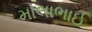
માલાભાઈ